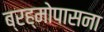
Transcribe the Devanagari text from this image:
ब्रह्मोपासना